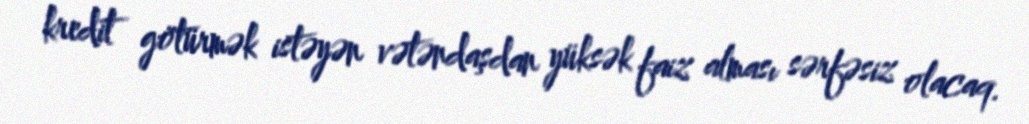
kredit götürmək istəyən vətəndaşdan yüksək faiz alması sərfəsiz olacaq.